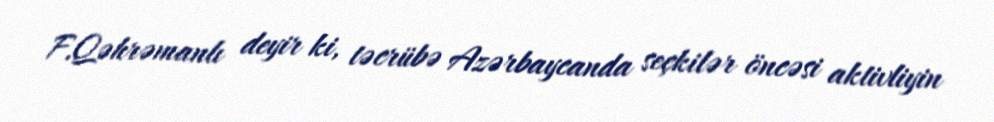
F.Qəhrəmanlı deyir ki, təcrübə Azərbaycanda seçkilər öncəsi aktivliyin